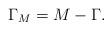
LaTeX: \begin{align*}\Gamma_M=M-\Gamma.\end{align*}